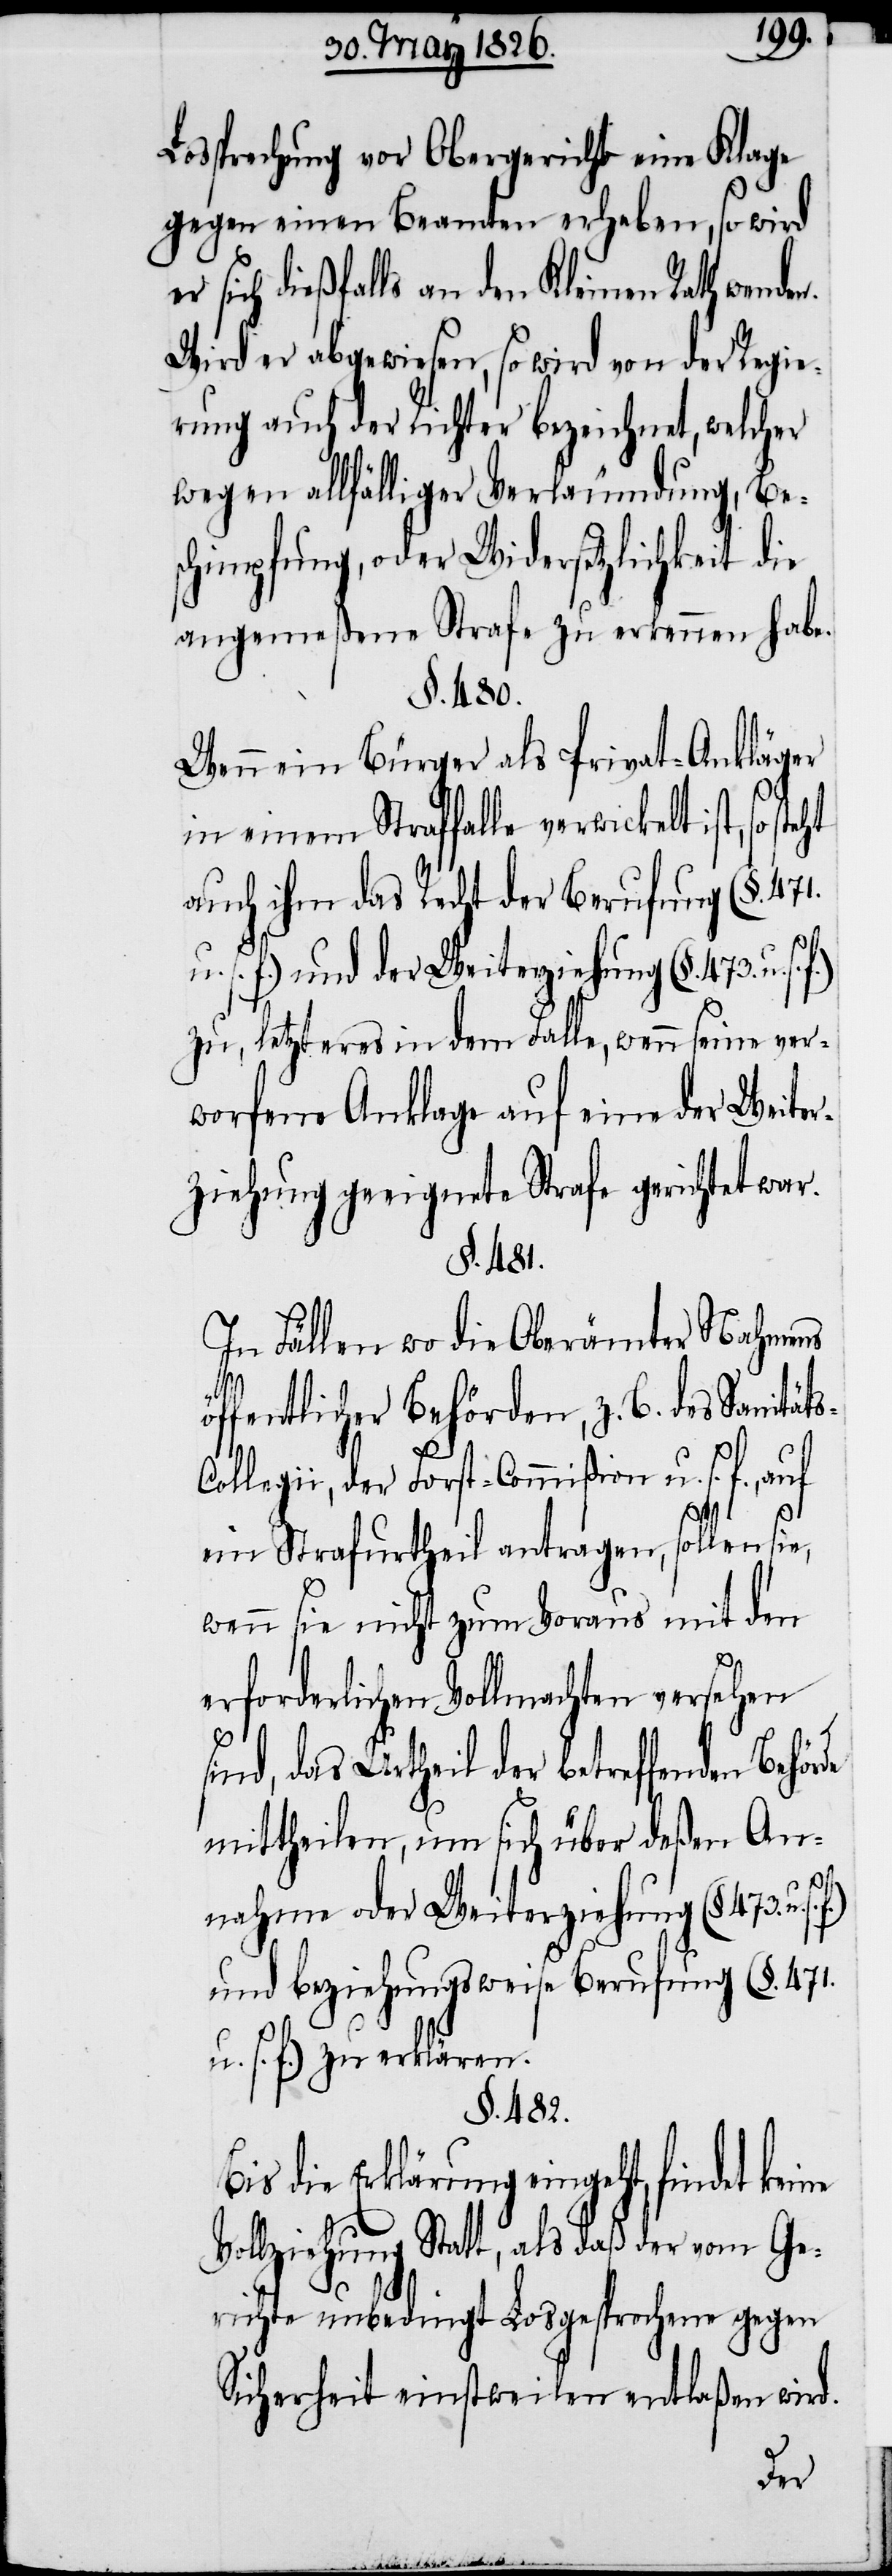
Lossprechung vor Obergericht eine Klage
gegen einen Beamten erheben, so wird
sich dießfalls an den Kleinen Rath wende¬
Wird er abgewiesen, so wird von der Regie¬
rung auch der Richter bezeichnet, welcher
wegen allfälliger Verläumdung, Be¬
schimpfung, oder Widersetzlichkeit die
angemeßene Strafe zu erkennen habe.
§. 480.
Wenn ein Bürger als Privat-Ankläger
in einem Straffalle verwickelt ist,
auch ihm das Recht der Berufung (§. 471.
s. f.) und der Weiterziehung (§. 473. u.
zu, letzteres in dem Falle, wenn seine ver¬
worfene Anklage auf eine der Weiter¬
ziehung geeignete Strafe gerichtet war.
§. 481.
In Fällen wo die Oberämter Nahmens
ne
öffentlicher Behörden, z. B. des Sanitäts-C¬
ollegii, der Forst-Commißion u. s. f.,
f.)
ein Strafurtheil antragen, sollen sie,
wenn sie nicht zum Voraus mit den
erforderlichen Vollmachten versehen
ind, das Urtheil der betreffenden Behö¬
mittheilen, um sich über deßen An¬
rde
nahme oder Weiterziehung (§. 473. u. s.
und beziehungsweise Berufung (§. 471.
u. s. f.) zu erklären.
§. 482.
Bis die Erklärung eingeht, findet kei¬
Vollziehung Statt, als daß der vom Ge¬
richte unbedingt Losgesprochene gegen
Sicherheit einstweilen entlaßen wird.

n.